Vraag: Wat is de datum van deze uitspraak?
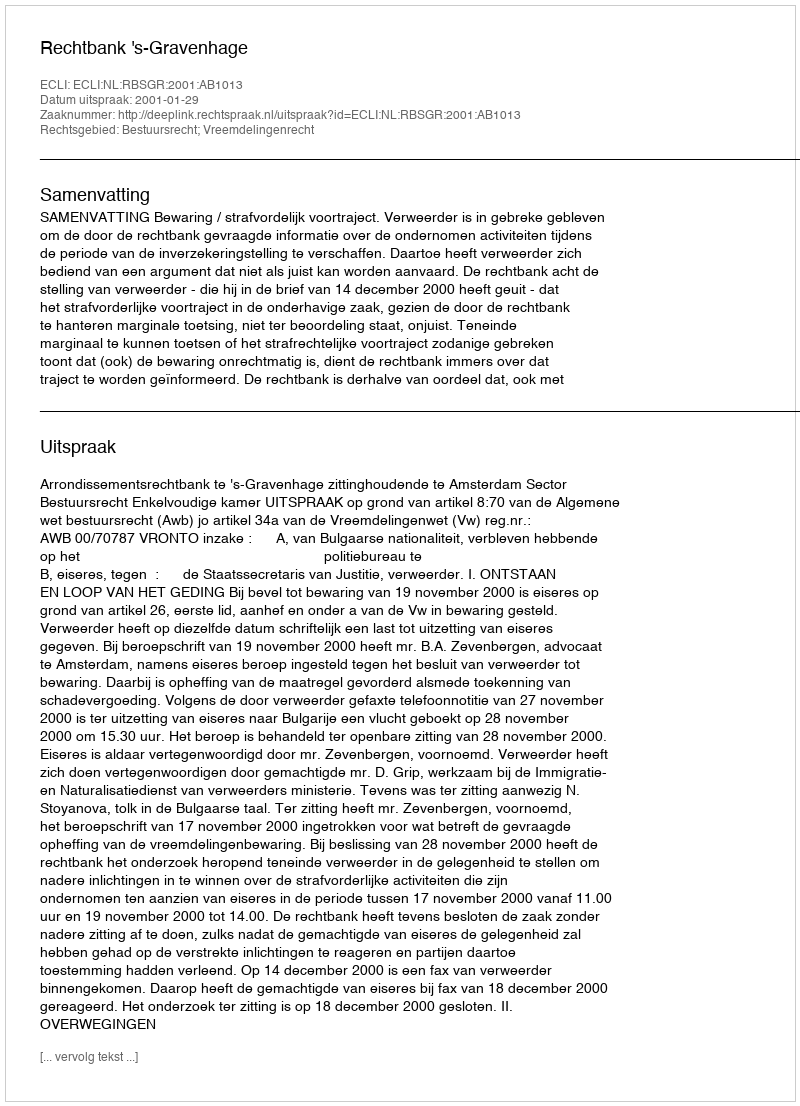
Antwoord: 2001-01-29